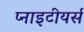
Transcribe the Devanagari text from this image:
प्नाइटीयर्स